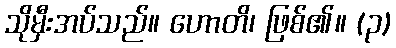
သိုမှီးအပ်သည်။ ဟောတိ၊ ဖြစ်၏။ (၃)